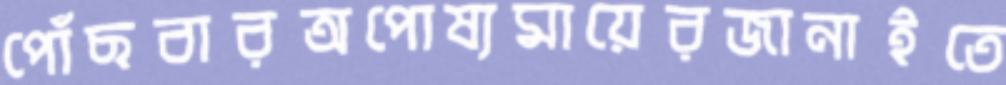
পোঁছবারঅপোষ্যমায়েরজানাইতে